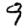
Digit: 9